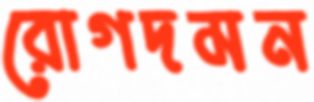
রোগদমন